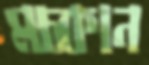
মচ্‌কান